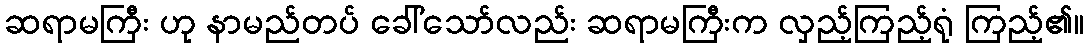
ဆရာမကြီး ဟု နာမည်တပ် ခေါ်သော်လည်း ဆရာမကြီးက လှည့်ကြည့်ရုံ ကြည့်၏။